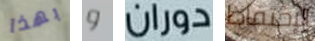
بهذا و دوران الإحتفاظ